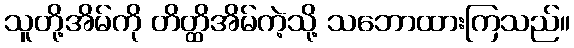
သူတို့အိမ်ကို တိတ္ထိအိမ်ကဲ့သို့ သဘောထားကြသည်။